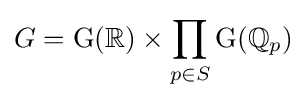
G=\mathrm {G} (\mathbb {R} )\times \prod _{p\in S}\mathrm {G} (\mathbb {Q} _{p})